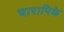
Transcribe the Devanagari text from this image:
चारापिके